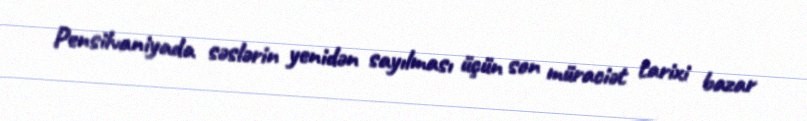
Pensilvaniyada səslərin yenidən sayılması üçün son müraciət tarixi bazar